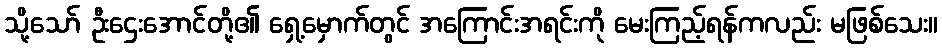
သို့သော် ဦးဌေးအောင်တို့၏ ရှေ့မှောက်တွင် အကြောင်းအရင်းကို မေးကြည့်ရန်ကလည်း မဖြစ်သေး။